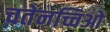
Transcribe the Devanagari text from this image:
चतेनच्चिओ